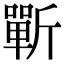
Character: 𰕣